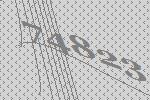
74823